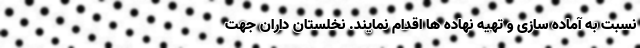
نسبت به آماده سازی و تهیه نهاده ها اقدام نمایند. نخلستان داران جهت